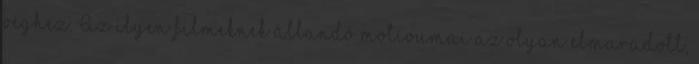
véghez. Az ilyen filmeknek állandó motívumai az olyan elmaradott,